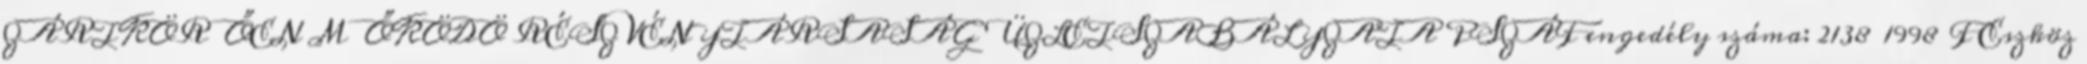
ZÁRTKÖRŐEN MŐKÖDÖ RÉSZVÉNYTÁRSASÁG ÜZLETSZABÁLYZATA PSZÁF engedély száma: 2138 1998 F Eszköz